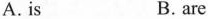
A. is B. are